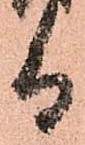
而